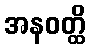
အနဝတ္ထိ